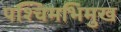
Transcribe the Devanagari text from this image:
पश्चिमभिमुख